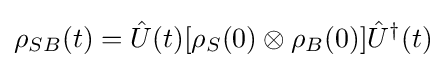
\rho _{SB}(t)={\hat {U}}(t)[\rho _{S}(0)\otimes \rho _{B}(0)]{\hat {U}}^{\dagger }(t)